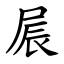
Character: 屒